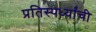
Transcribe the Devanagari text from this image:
प्रतिस्पर्ध्यांची